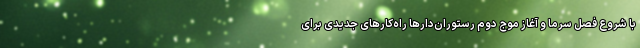
با شروع فصل سرما و آغاز موج دوم رستوران‌دارها راه‌کارهای جدیدی برای